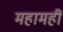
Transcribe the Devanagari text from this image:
महामहीं